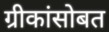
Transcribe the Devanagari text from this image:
ग्रीकांसोबत